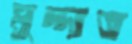
মুদ্দাত